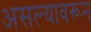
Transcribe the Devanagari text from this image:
असल्यावरून